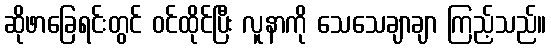
ဆိုဖာခြေရင်းတွင် ဝင်ထိုင်ပြီး လူနာကို သေသေချာချာ ကြည့်သည်။